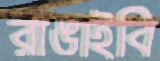
রাঙাইবি